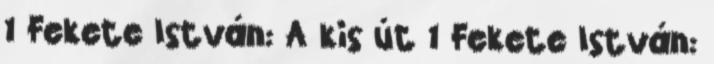
1 Fekete István: A kis út 1 Fekete István: